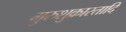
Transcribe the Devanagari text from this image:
गुरुशुक्रास्तादि